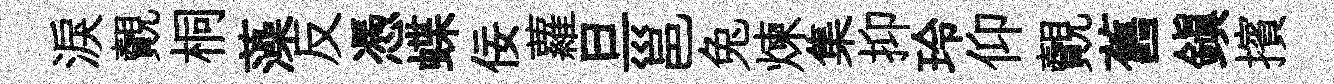
淚覿桐藻反憑蝶佞蘿旦邕兔煉集抑玲仰覿舊鎭擯